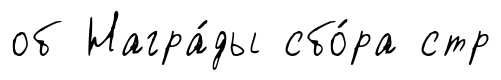
об Награ́ды сбо́ра стр